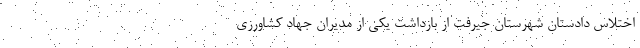
اختلاس دادستان شهرستان جیرفت از بازداشت یکی از مدیران جهاد کشاورزی